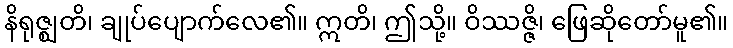
နိရုဇ္ဈတိ၊ ချုပ်ပျောက်လေ၏။ ဣတိ၊ ဤသို့။ ဝိဿဇ္ဇိ၊ ဖြေဆိုတော်မူ၏။